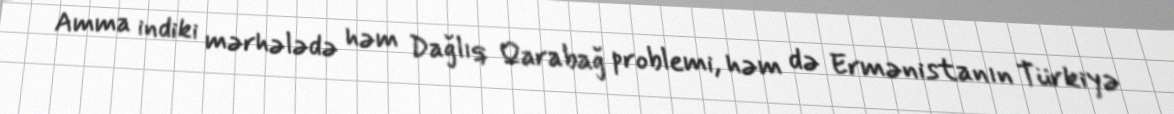
Amma indiki mərhələdə həm Dağlıq Qarabağ problemi, həm də Ermənistanın Türkiyə